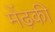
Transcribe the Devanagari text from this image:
मेंढ़की